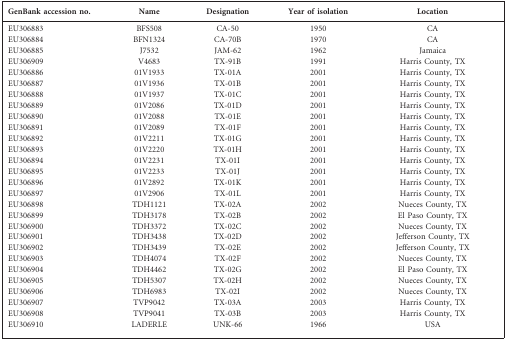
<table><thead><tr><td><b>GenBank accession no.</b></td><td><b>Name</b></td><td><b>Designation</b></td><td><b>Year of isolation</b></td><td><b>Location</b></td></tr></thead><tbody><tr><td>EU306883</td><td>BFS508</td><td>CA-50</td><td>1950</td><td>CA</td></tr><tr><td>EU306884</td><td>BFN1324</td><td>CA-70B</td><td>1970</td><td>CA</td></tr><tr><td>EU306885</td><td>J7532</td><td>JAM-62</td><td>1962</td><td>Jamaica</td></tr><tr><td>EU306909</td><td>V4683</td><td>TX-91B</td><td>1991</td><td>Harris County, TX</td></tr><tr><td>EU306886</td><td>01V1933</td><td>TX-01A</td><td>2001</td><td>Harris County, TX</td></tr><tr><td>EU306887</td><td>01V1936</td><td>TX-01B</td><td>2001</td><td>Harris County, TX</td></tr><tr><td>EU306888</td><td>01V1937</td><td>TX-01C</td><td>2001</td><td>Harris County, TX</td></tr><tr><td>EU306889</td><td>01V2086</td><td>TX-01D</td><td>2001</td><td>Harris County, TX</td></tr><tr><td>EU306890</td><td>01V2088</td><td>TX-01E</td><td>2001</td><td>Harris County, TX</td></tr><tr><td>EU306891</td><td>01V2089</td><td>TX-01F</td><td>2001</td><td>Harris County, TX</td></tr><tr><td>EU306892</td><td>01V2211</td><td>TX-01G</td><td>2001</td><td>Harris County, TX</td></tr><tr><td>EU306893</td><td>01V2220</td><td>TX-01H</td><td>2001</td><td>Harris County, TX</td></tr><tr><td>EU306894</td><td>01V2231</td><td>TX-01I</td><td>2001</td><td>Harris County, TX</td></tr><tr><td>EU306895</td><td>01V2233</td><td>TX-01J</td><td>2001</td><td>Harris County, TX</td></tr><tr><td>EU306896</td><td>01V2892</td><td>TX-01K</td><td>2001</td><td>Harris County, TX</td></tr><tr><td>EU306897</td><td>01V2906</td><td>TX-01L</td><td>2001</td><td>Harris County, TX</td></tr><tr><td>EU306898</td><td>TDH1121</td><td>TX-02A</td><td>2002</td><td>Nueces County, TX</td></tr><tr><td>EU306899</td><td>TDH3178</td><td>TX-02B</td><td>2002</td><td>El Paso County, TX</td></tr><tr><td>EU306900</td><td>TDH3372</td><td>TX-02C</td><td>2002</td><td>Nueces County, TX</td></tr><tr><td>EU306901</td><td>TDH3438</td><td>TX-02D</td><td>2002</td><td>Jefferson County, TX</td></tr><tr><td>EU306902</td><td>TDH3439</td><td>TX-02E</td><td>2002</td><td>Jefferson County, TX</td></tr><tr><td>EU306903</td><td>TDH4074</td><td>TX-02F</td><td>2002</td><td>Nueces County, TX</td></tr><tr><td>EU306904</td><td>TDH4462</td><td>TX-02G</td><td>2002</td><td>El Paso County, TX</td></tr><tr><td>EU306905</td><td>TDH5307</td><td>TX-02H</td><td>2002</td><td>Nueces County, TX</td></tr><tr><td>EU306906</td><td>TDH6983</td><td>TX-02I</td><td>2002</td><td>Nueces County, TX</td></tr><tr><td>EU306907</td><td>TVP9042</td><td>TX-03A</td><td>2003</td><td>Harris County, TX</td></tr><tr><td>EU306908</td><td>TVP9041</td><td>TX-03B</td><td>2003</td><td>Harris County, TX</td></tr><tr><td>EU306910</td><td>LADERLE</td><td>UNK-66</td><td>1966</td><td>USA</td></tr></tbody></table>